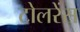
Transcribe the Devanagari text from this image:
टोलरेंस